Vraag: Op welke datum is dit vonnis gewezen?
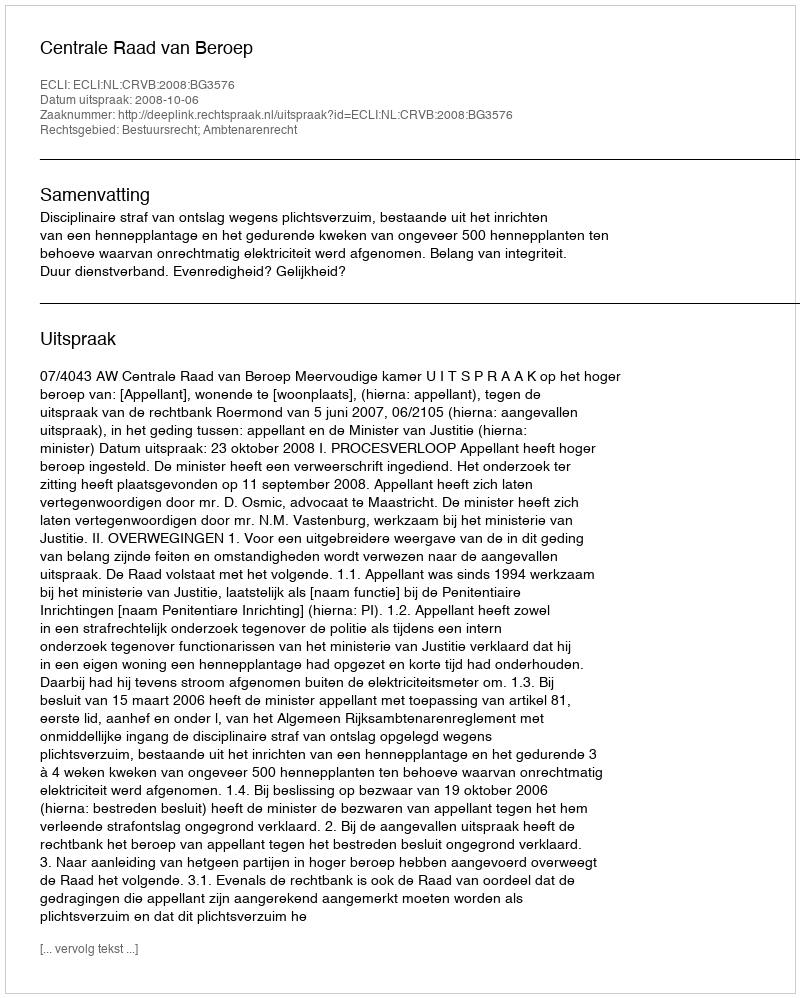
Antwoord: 2008-10-06